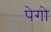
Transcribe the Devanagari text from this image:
पेगो